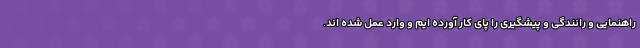
راهنمایی و رانندگی و پیشگیری را پای کار آورده ایم و وارد عمل شده اند.